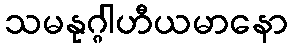
သမနုဂ္ဂါဟီယမာနော